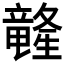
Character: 𲎭